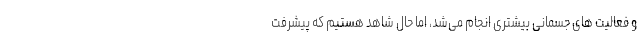
و فعالیت های جسمانی بیشتری انجام می‌شد، اما حال شاهد هستیم که پیشرفت